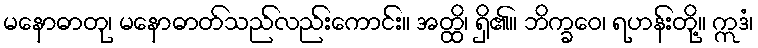
မနောဓာတု၊ မနောဓာတ်သည်လည်းကောင်း။ အတ္ထိ၊ ရှိ၏။ ဘိက္ခဝေ၊ ရဟန်းတို့။ ဣဒံ၊